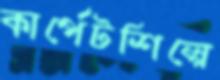
কার্পেটশিল্পে